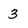
Character: 3